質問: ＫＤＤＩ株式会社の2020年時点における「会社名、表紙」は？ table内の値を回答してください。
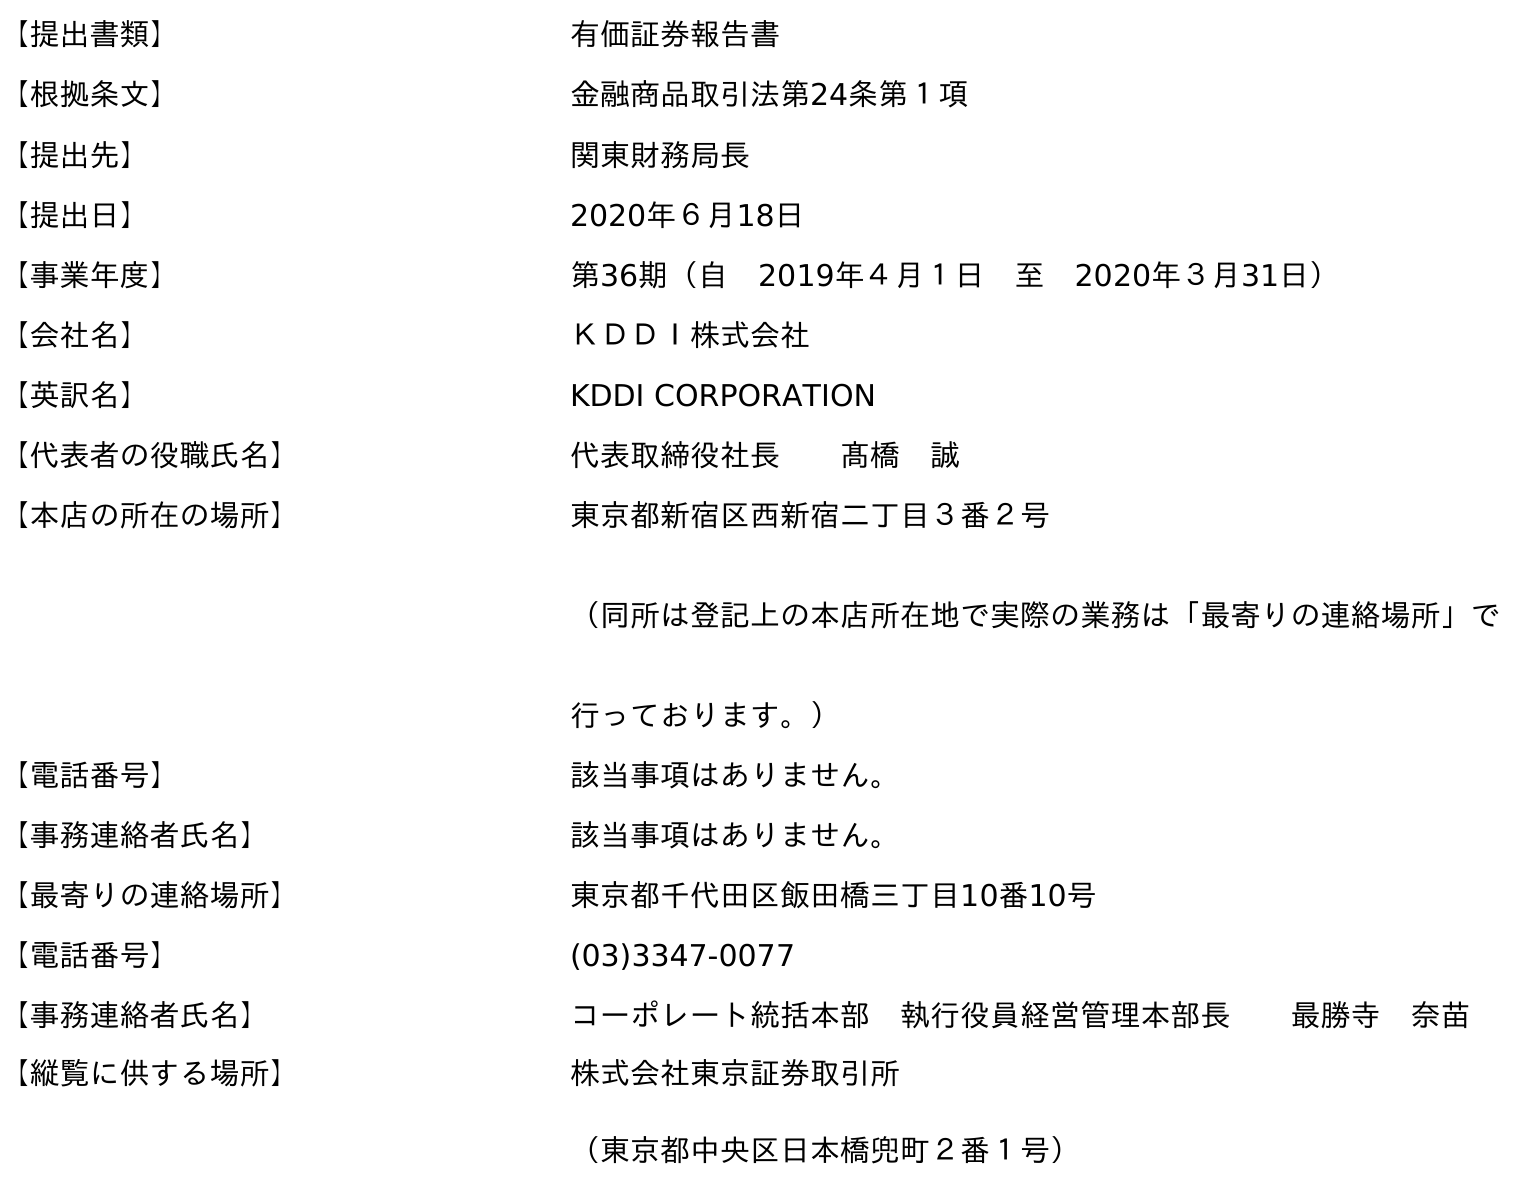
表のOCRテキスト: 【提出書類】 有価証券報告書 【根拠条文】 金融商品取引法第24条第１項 【提出先】 関東財務局長 【提出日】 2020年６月18日 【事業年度】 第36期（自 2019年４月１日 至 2020年３月31日） 【会社名】 ＫＤＤＩ株式会社 【英訳名】 KDDI CORPORATION 【代表者の役職氏名】 代表取締役社長  髙橋 誠 【本店の所在の場所】 東京都新宿区西新宿二丁目３番２号 （同所は登記上の本店所在地で実際の業務は「最寄りの連絡場所」で 行っております。） 【電話番号】 該当事項はありません。 【事務連絡者氏名】 該当事項はありません。 【最寄りの連絡場所】 東京都千代田区飯田橋三丁目10番10号 【電話番号】 (03)3347-0077 【事務連絡者氏名】 コーポレート統括本部 執行役員経営管理本部長  最勝寺 奈苗 【縦覧に供する場所】 株式会社東京証券取引所 （東京都中央区日本橋兜町２番１号）
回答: ＫＤＤＩ株式会社